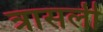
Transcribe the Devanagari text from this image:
त्रासली